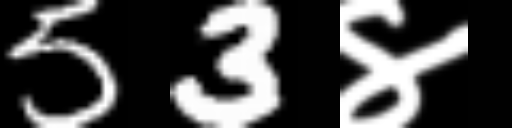
Text: 53४